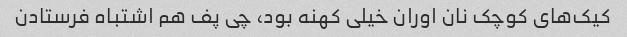
کیک‌های کوچک نان اوران خیلی کهنه بود، چی پف هم اشتباه فرستادن